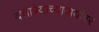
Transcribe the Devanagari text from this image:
दत्तात्रेयाच्यापायांवर